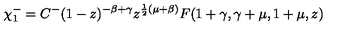
\chi _ { 1 } ^ { - } = C ^ { - } ( 1 - z ) ^ { - \beta + \gamma } z ^ { \frac { 1 } { 2 } ( \mu + \beta ) } F ( 1 + \gamma , \gamma + \mu , 1 + \mu , z )